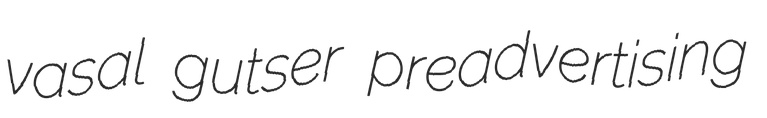
vasal gutser preadvertising